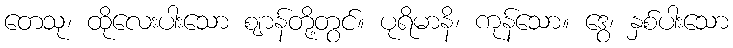
တေသု၊ ထိုလေးပါးသော ဈာန်တို့တွင်။ ပုရိမာနိ၊ ကုန်သော။ ဒွေ၊ နှစ်ပါးသော